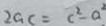
2 G C = c ^ { 2 } - a ^ { 2 }